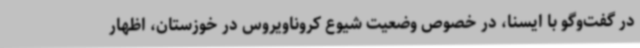
در گفت‌وگو با ایسنا، در خصوص وضعیت شیوع کروناویروس در خوزستان، اظهار